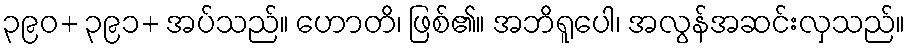
၃၉၀+ ၃၉၁+ အပ်သည်။ ဟောတိ၊ ဖြစ်၏။ အဘိရူပေါ၊ အလွန်အဆင်းလှသည်။